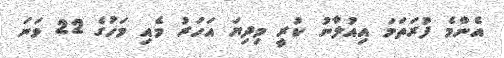
އެންމެ ފުރަތަމަ އިއުލާނު ކުރީ މިދިޔަ އަހަރު މެއި މަހުގެ 22 ވަނަ